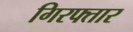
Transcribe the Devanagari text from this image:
गिरफ्तार